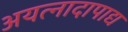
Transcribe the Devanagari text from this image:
अयत्नादापाद्य